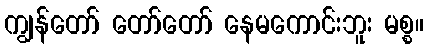
ကျွန်တော် တော်တော် နေမကောင်းဘူး မစ္စ။